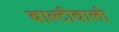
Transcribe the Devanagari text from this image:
बाल्टीवाली